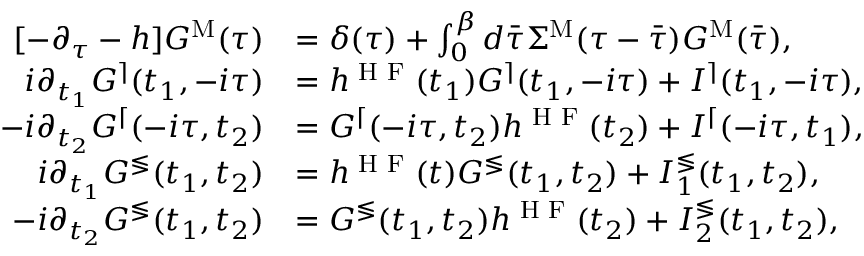
\begin{array} { r l } { [ - \partial _ { \tau } - h ] G ^ { \mathrm { M } } ( \tau ) } & { = \delta ( \tau ) + \int _ { 0 } ^ { \beta } d \Bar { \tau } \Sigma ^ { \mathrm { M } } ( \tau - \Bar { \tau } ) G ^ { \mathrm { M } } ( \bar { \tau } ) , } \\ { i \partial _ { t _ { 1 } } G ^ { \rceil } ( t _ { 1 } , - i \tau ) } & { = h ^ { \textrm { H F } } ( t _ { 1 } ) G ^ { \rceil } ( t _ { 1 } , - i \tau ) + I ^ { \rceil } ( t _ { 1 } , - i \tau ) , } \\ { - i \partial _ { t _ { 2 } } G ^ { \lceil } ( - i \tau , t _ { 2 } ) } & { = G ^ { \lceil } ( - i \tau , t _ { 2 } ) h ^ { \textrm { H F } } ( t _ { 2 } ) + I ^ { \lceil } ( - i \tau , t _ { 1 } ) , } \\ { i \partial _ { t _ { 1 } } G ^ { \lessgtr } ( t _ { 1 } , t _ { 2 } ) } & { = h ^ { \textrm { H F } } ( t ) G ^ { \lessgtr } ( t _ { 1 } , t _ { 2 } ) + I _ { 1 } ^ { \lessgtr } ( t _ { 1 } , t _ { 2 } ) , } \\ { - i \partial _ { t _ { 2 } } G ^ { \lessgtr } ( t _ { 1 } , t _ { 2 } ) } & { = G ^ { \lessgtr } ( t _ { 1 } , t _ { 2 } ) h ^ { \textrm { H F } } ( t _ { 2 } ) + I _ { 2 } ^ { \lessgtr } ( t _ { 1 } , t _ { 2 } ) , } \end{array}